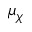
\mu _ { \chi }